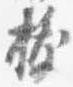
抜